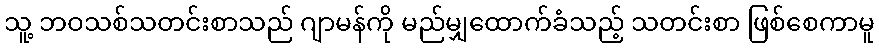
သူ့ ဘဝသစ်သတင်းစာသည် ဂျာမန်ကို မည်မျှထောက်ခံသည့် သတင်းစာ ဖြစ်စေကာမူ